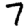
Digit: 7